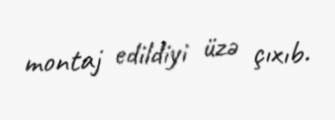
montaj edildiyi üzə çıxıb.